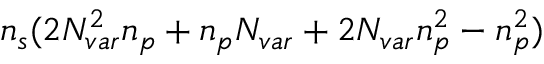
\ensuremath { n _ { s } } ( 2 \ensuremath { N _ { v a r } } ^ { 2 } \ensuremath { n _ { p } } + \ensuremath { n _ { p } } \ensuremath { N _ { v a r } } + 2 \ensuremath { N _ { v a r } } \ensuremath { n _ { p } } ^ { 2 } - \ensuremath { n _ { p } } ^ { 2 } )